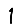
Digit: 1